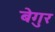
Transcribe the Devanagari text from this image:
बेगुर